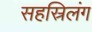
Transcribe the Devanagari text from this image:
सहस्रिलंग